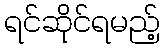
ရင်ဆိုင်ရမည့်